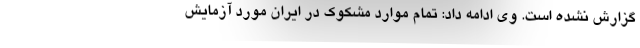
گزارش نشده است. وی ادامه داد: تمام موارد مشکوک در ایران مورد آزمایش